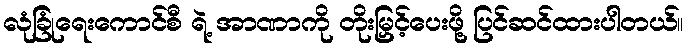
လုံခြုံရေးကောင်စီ ရဲ့ အာဏာကို တိုးမြှင့်ပေးဖို့ ပြင်ဆင်ထားပါတယ်။